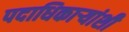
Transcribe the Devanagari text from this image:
पदाधिकार्‍यांशी